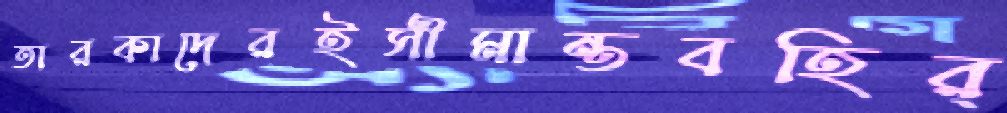
তারকাদেরইসীমান্তবহির্